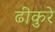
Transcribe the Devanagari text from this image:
ढीकुरे